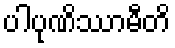
ပါပုဏိဿာမီတိ